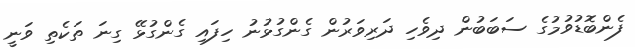
ފެންބޮޑުވުމުގެ ސަބަބުން ދިވެހި ދަރިވަރުން ގެންގުޅުނު ހިފައި ގެންގުޅޭ ގިނަ ތަކެތި ވަނީ